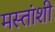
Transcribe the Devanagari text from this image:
मस्तांशी